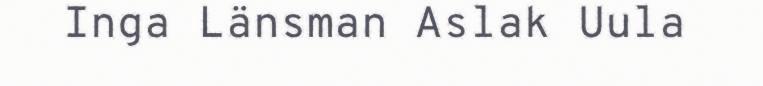
Inga Länsman Aslak Uula